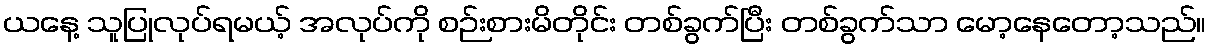
ယနေ့ သူပြုလုပ်ရမယ့် အလုပ်ကို စဉ်းစားမိတိုင်း တစ်ခွက်ပြီး တစ်ခွက်သာ မော့နေတော့သည်။